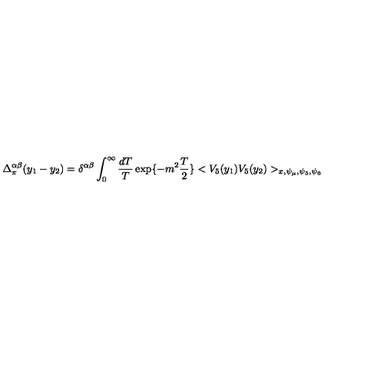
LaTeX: \Delta _ { \pi } ^ { \alpha \beta } ( y _ { 1 } - y _ { 2 } ) = \delta ^ { \alpha \beta } \int _ { 0 } ^ { \infty } \frac { d T } { T } \exp \{ - m ^ { 2 } \frac { T } { 2 } \} < V _ { 5 } ( y _ { 1 } ) V _ { 5 } ( y _ { 2 } ) > _ { x , \psi _ { \mu } , \psi _ { 5 } , \psi _ { 6 } }